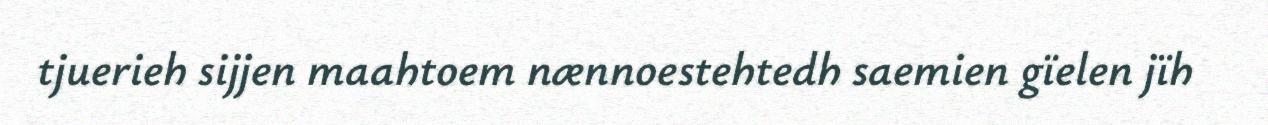
tjuerieh sijjen maahtoem nænnoestehtedh saemien gïelen jïh